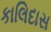
કાલિદાસ